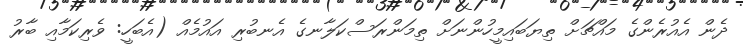
ދެން އެއުރެންގެ މައްޗަށް ތިޔަބައިމީހުންނަށް ތިމަންރަސްކަލާނގެ އެނބުރި އައުމެއް (އެބަހީ: ވެރިކަމާއި ބާރު